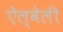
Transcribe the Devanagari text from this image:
ऐल्वेली